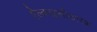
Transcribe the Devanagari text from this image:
ऐल्काइलीकारक